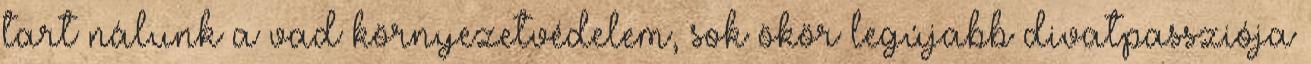
tart nálunk a vad környezetvédelem, sok ökör legújabb divatpassziója